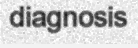
diagnosis